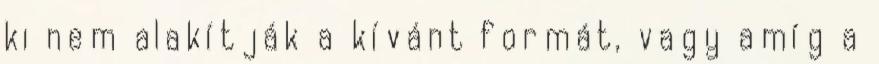
ki nem alakítják a kívánt formát, vagy amíg a